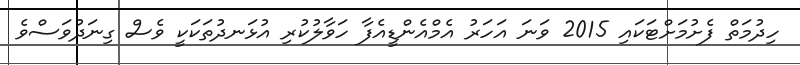
ހިދުމަތް ފެށުމަށްޓަކައި 2015 ވަނަ އަހަރު އެމްއެންޑީއެފާ ހަވާލުކުރި އުޅަނދުތަކަކީ ވެސް ގިނަދުވަސްވެ